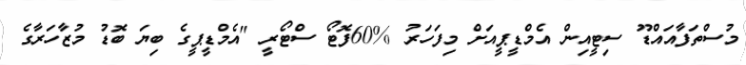
މުސްތަފާއައްޑޫ ސިޓީއިން އެމްޑީޕީއަށް މިފަހަރު %60ފޮޓޯ ސްޓޯރީ "އެމްޑީޕީގެ ބިޔަ ބޮޑު މުޒާހަރާގެ